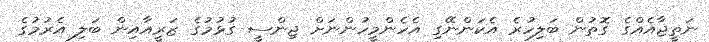
ނަތީޖާއެއްގެ ގޮތުން ބަލިހުރެ އެކަންނޭގި އެހެންމީހުންނަށް ޖިންސީ ގުޅުމުގެ ޒަރީއާއިން ބަލި އެރުމުގެ